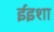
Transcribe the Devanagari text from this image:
ईइशा